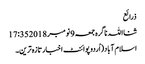
ذرائع
ثنااللہ ناگرہ جمعہ 9 نومبر 2018 17:35
اسلام آباد(اُردوپوائنٹ اخبارتازہ ترین۔